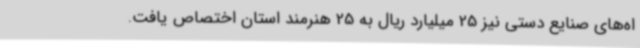
اه‌های صنایع دستی نیز 25 میلیارد ریال به 25 هنرمند استان اختصاص یافت.